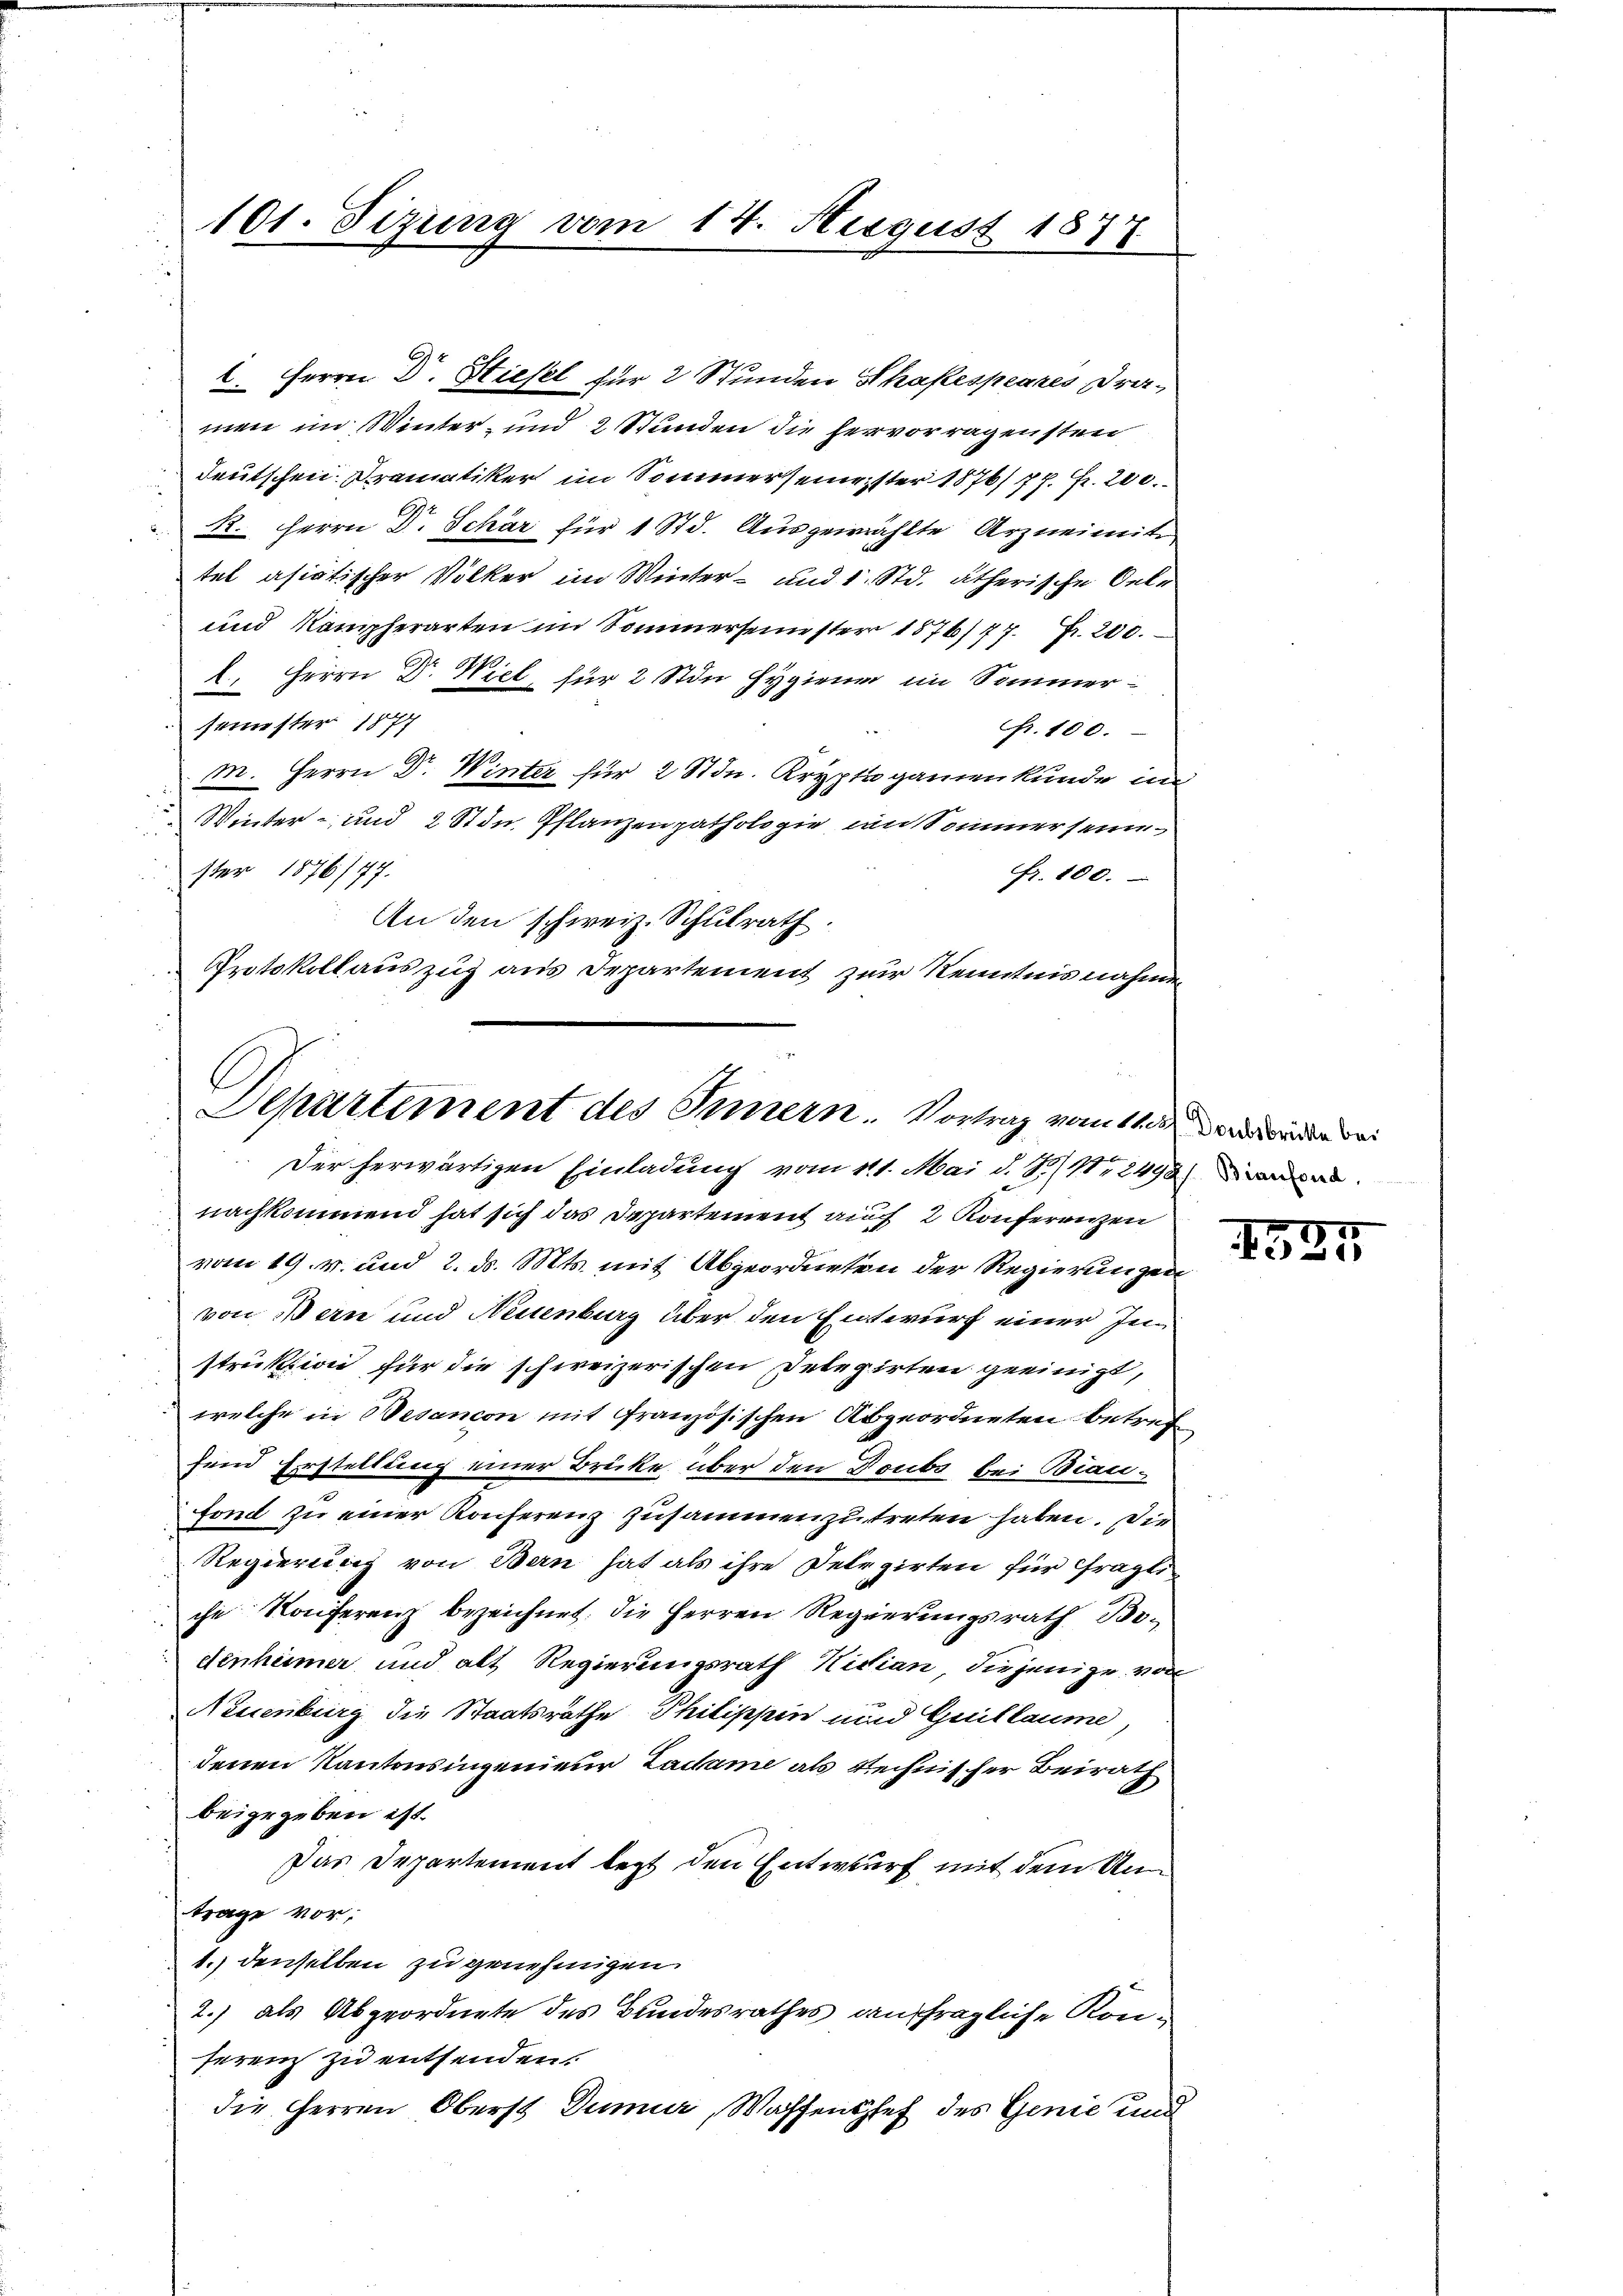
101. Sizung vom 14. August 1877

C. Herrn Dr. Stiefel für 2 Stunden Shakespeares Dramen im Winter- und 2 Stunden die hervorragensten
deutschen Kramatiker im Sommer seine, ster 1876/777. Fr. 202.
. Herrn Dr. Schär für 1 Std. Ausgewählte Arzneimite
tet asiatischer Völker im Winter- und 1 Std. ätherische Oele
und Kampferarten im Sommersemester 1876/77 Fr. 200.
2. Herrn Dr. Wiel, für 2 Stin Hygiene im Sommersemester 1877
Fr. 100.
m. Herrn Dr. Winter für 2 Stdn. Krypt ganzen kunde in
.
Winter- und 2 Stin. Pflanzen pathologie an Sommer seine
2
ster 1876/77.
fr. 100.
An den schweiz. Schulrath.
Protokollauszug aus Departement zur Kenntnis nahmen

Departement des Innern. Vortrag vom 11 und der
Der herwärtigen Einladung vom 111. Mai d. S. Nr. 2492) Dien

nachkommend hat sich das Departement auf 2 Konferenzen
vom 19. v. und 2. d. Mts. mit Abgeordneten der Regierungen
von Bern und Neuenburg über den Entwurf einer Instruktion für die schweizerischen Delegirten geeinigt,
welche in Besancon mit Französischen Abgeordneten betref
fend Erstellung einer Brücke über den Doubs bei Bianfond zu einer Konferenz zusammenzutreten haben. Dir
Regierung von Bern hat als ihre Delegirten für fragli
che Konferenz bezeichnet: die Herren Regierungsrath Be-
denheimer und alt Regierungsrath Nidian, diejenige von
Neuenburg die Staatsräthe Philippin und Guillaume,
denen Kantonsingenieur Ladame als Rechnischer Beirath
beigegeben ist.
Das Departement legt den Entwurf mit dem Untrage vor;
1.) denselben zu genehmigen.
2.) als Abgeordnete des Bundesrathes anfragliche Konferenz zu entsenden.
die Herren Oberst Dummer, Waffenshef des Genie und

1527